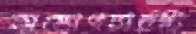
অস্ত্রোপচারটি